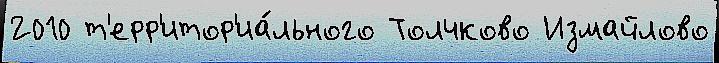
2010 т'ерр'итор'иа́льного Толчково Измайлово